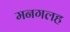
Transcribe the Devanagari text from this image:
मनगलह